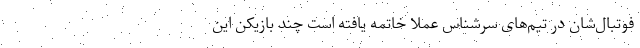
فوتبال‌شان در تیم‌های سرشناس عملاً خاتمه یافته است چند بازیکن این